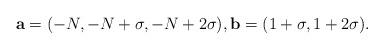
LaTeX: \begin{align*}{\bold a}=( -N, -N+ \sigma, -N +2\sigma), {\bf b} = (1+\sigma, 1+2\sigma) .\end{align*}